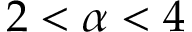
2 < \alpha < 4